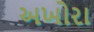
અખોરા